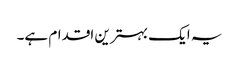
یہ ایک بہترین اقدام ہے۔